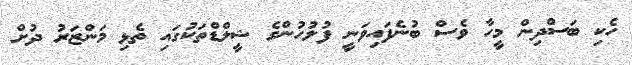
ހެކި ބަސްދިން މީހާ ވެސް ބުނެފައިވަނީ ފުލުހުންގެ ޝީލްޑްތަކުގައި ތެޅި މަންޒަރު ދުށް